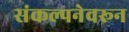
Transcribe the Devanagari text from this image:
संकल्पनेवरून